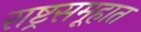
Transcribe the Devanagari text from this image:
राष्ट्रसमूहात